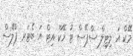
މޭކް އަ ލިޓިލް ސްޕޭސް ޓު މޭކް އިޓް އަ ބެޓަރ ޕްލޭސް